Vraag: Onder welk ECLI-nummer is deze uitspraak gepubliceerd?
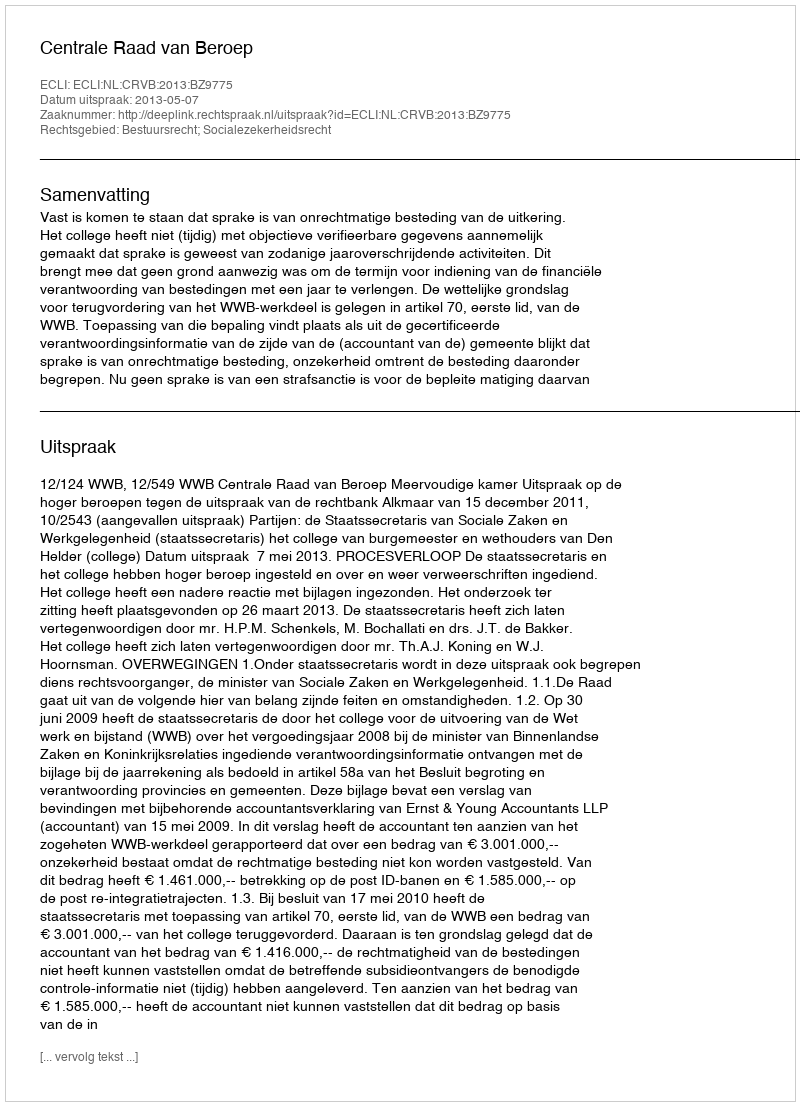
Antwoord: ECLI:NL:CRVB:2013:BZ9775